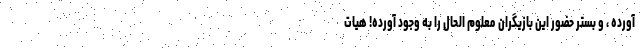
آورده ، و بستر حضور این بازیگران معلوم الحال را به وجود آورده! هیات